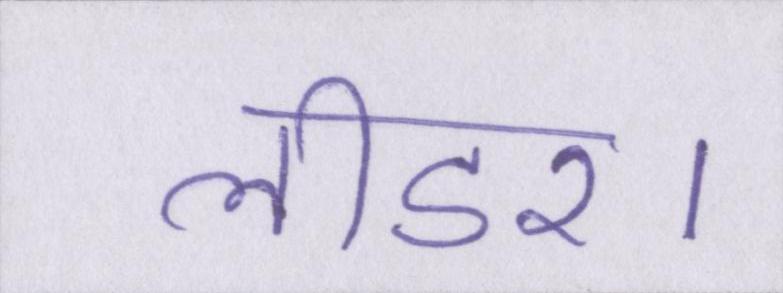
लीडर।